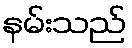
နမ်းသည်